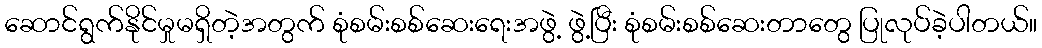
ဆောင်ရွက်နိုင်မှုမရှိတဲ့အတွက် စုံစမ်းစစ်ဆေးရေးအဖွဲ့ ဖွဲ့ပြီး စုံစမ်းစစ်ဆေးတာတွေ ပြုလုပ်ခဲ့ပါတယ်။